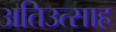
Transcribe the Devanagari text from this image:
अतिउत्साह